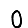
Digit: 0